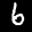
Label: 6